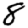
Digit: 8